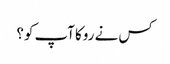
کس نے روکا آپ کو؟